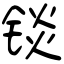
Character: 锬